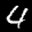
Label: 4